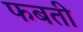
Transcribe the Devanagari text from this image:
फबती